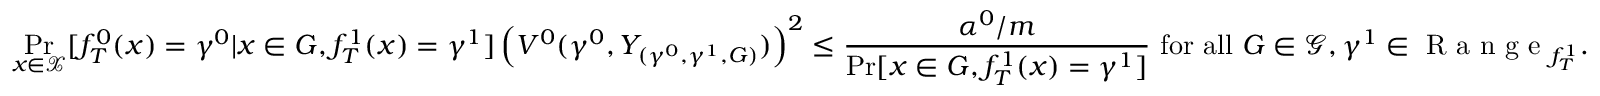
\operatorname* { P r } _ { x \in \mathcal { X } } [ f _ { T } ^ { 0 } ( x ) = \gamma ^ { 0 } | x \in G , f _ { T } ^ { 1 } ( x ) = \gamma ^ { 1 } ] \left( V ^ { 0 } ( \gamma ^ { 0 } , Y _ { ( \gamma ^ { 0 } , \gamma ^ { 1 } , G ) } ) \right) ^ { 2 } \leq \frac { \alpha ^ { 0 } / m } { \operatorname* { P r } [ x \in G , f _ { T } ^ { 1 } ( x ) = \gamma ^ { 1 } ] } \mathrm { ~ f o r ~ a l l ~ } G \in \mathcal { G } , \gamma ^ { 1 } \in \textrm { R a n g e } _ { f _ { T } ^ { 1 } } .